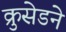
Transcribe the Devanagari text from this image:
क्रुसेडने